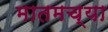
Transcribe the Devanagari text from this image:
मातमच्या